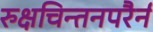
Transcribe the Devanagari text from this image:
रुक्षचिन्तनपरैर्न